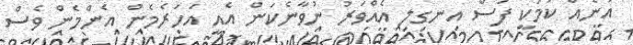
އަނެއް ކަމަކީ ފަސް އިނގިލި އެއްވަރު ނުވާނެކަން އެއީ އަހަރެމެން އެންމެން ވެސް